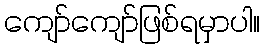
ကျော်ကျော်ဖြစ်ရမှာပါ။